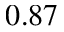
0 . 8 7